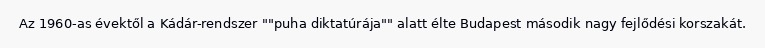
Az 1960-as évektől a Kádár-rendszer ""puha diktatúrája"" alatt élte Budapest második nagy fejlődési korszakát.